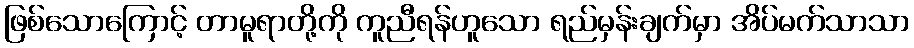
ဖြစ်သောကြောင့် တာမူရာတို့ကို ကူညီရန်ဟူသော ရည်မှန်းချက်မှာ အိပ်မက်သာသာ